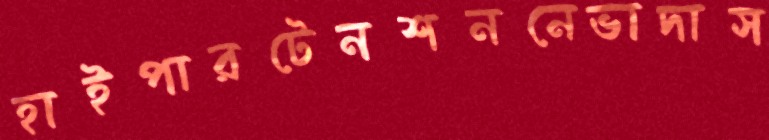
হাইপারটেনশননেভাদাস